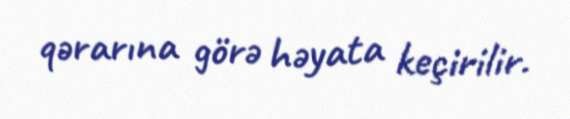
qərarına görə həyata keçirilir.